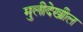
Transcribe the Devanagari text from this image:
मुलीदेखील